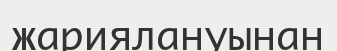
жариялануынан